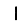
Digit: 1